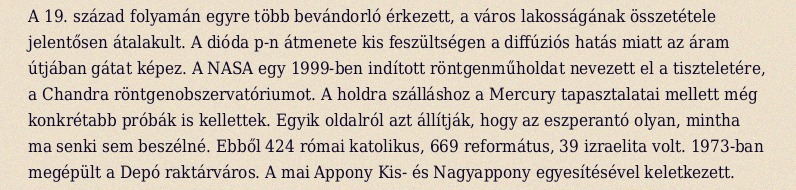
A 19. század folyamán egyre több bevándorló érkezett, a város lakosságának összetétele jelentősen átalakult. A dióda p-n átmenete kis feszültségen a diffúziós hatás miatt az áram útjában gátat képez. A NASA egy 1999-ben indított röntgenműholdat nevezett el a tiszteletére, a Chandra röntgenobszervatóriumot. A holdra szálláshoz a Mercury tapasztalatai mellett még konkrétabb próbák is kellettek. Egyik oldalról azt állítják, hogy az eszperantó olyan, mintha ma senki sem beszélné. Ebből 424 római katolikus, 669 református, 39 izraelita volt. 1973-ban megépült a Depó raktárváros. A mai Appony Kis- és Nagyappony egyesítésével keletkezett.